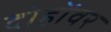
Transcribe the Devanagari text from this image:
दोहोंवर